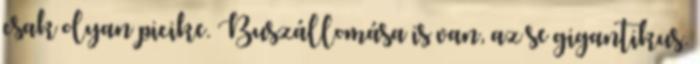
csak olyan picike. Buszállomása is van, az se gigantikus.